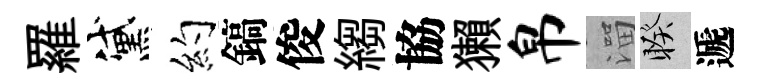
羅黛约鎬俊縐協獺帛溜睽遞